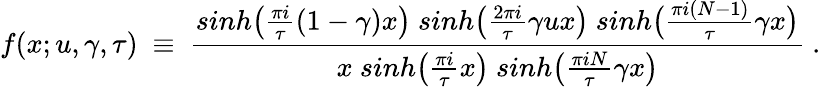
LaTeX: f(x;u,\gamma,\tau)~\equiv~{\frac{sinh\big({\frac{\pi i}{\tau}}(1-\gamma)x\big)~sinh\big({\frac{2\pi i}{\tau}}\gamma ux\big)~sinh\big({\frac{\pi i(N-1)}{\tau}}\gamma x\big)}{x~sinh\big({\frac{\pi i}{\tau}}x\big)~sinh\big({\frac{\pi iN}{\tau}}\gamma x\big)}}\ .